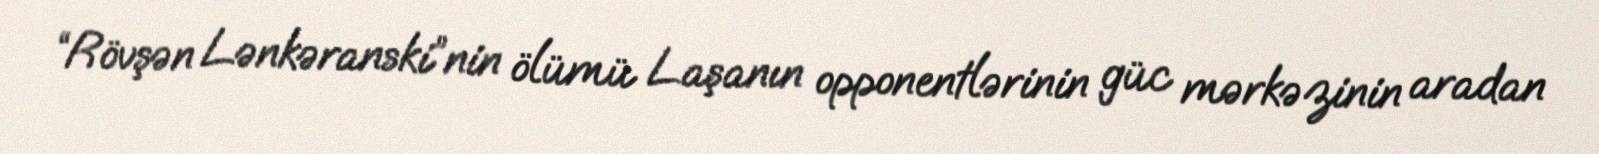
“Rövşən Lənkəranski”nin ölümü Laşanın opponentlərinin güc mərkəzinin aradan